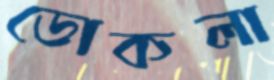
ডোকলা